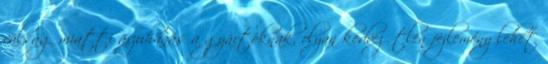
válság miatti árzuhanás a gyártóknak, olyan kedvezőtlen fejlemény lehet